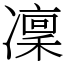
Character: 凜